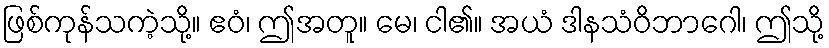
ဖြစ်ကုန်သကဲ့သို့။ ဧဝံ၊ ဤအတူ။ မေ၊ ငါ၏။ အယံ ဒါနသံဝိဘာဂေါ၊ ဤသို့